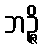
ဘဉ္ဇိ